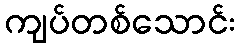
ကျပ်တစ်သောင်း